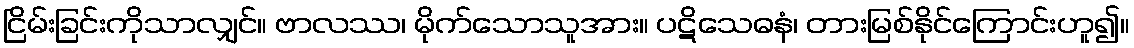
ငြိမ်းခြင်းကိုသာလျှင်။ ဗာလဿ၊ မိုက်သောသူအား။ ပဋိသေဓနံ၊ တားမြစ်နိုင်ကြောင်းဟူ၍။